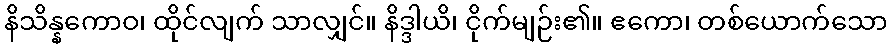
နိသိန္နကောဝ၊ ထိုင်လျက် သာလျှင်။ နိဒ္ဒါယိ၊ ငိုက်မျဉ်း၏။ ဧကော၊ တစ်ယောက်သော